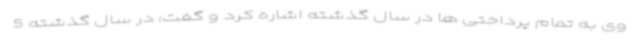
وی به تمام پرداختی ها در سال گذشته اشاره کرد و گفت: در سال گذشته 5